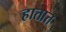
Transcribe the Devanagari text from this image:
हातात्त